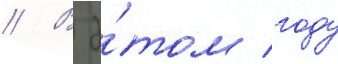
// В э́том году